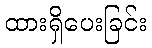
ထားရှိပေးခြင်း